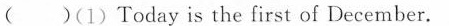
( )(1) Today is the first of December.